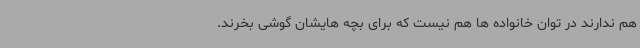
هم ندارند در توان خانواده ها هم نیست که برای بچه هایشان گوشی بخرند.